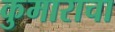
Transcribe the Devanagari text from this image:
कुमाराचा